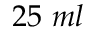
2 5 ~ m l